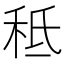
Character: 秪